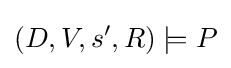
(D,V,s',R)\models P